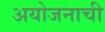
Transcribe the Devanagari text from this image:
अयोजनाची